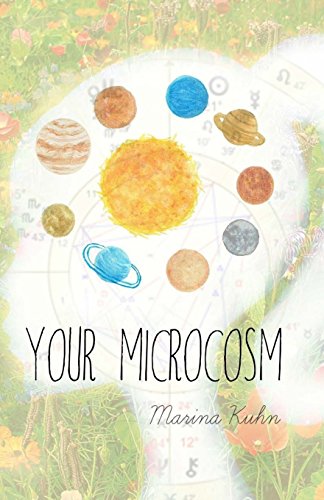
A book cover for Your Microcosm: The astrological planets; Marina Kuhn; Religion & Spirituality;